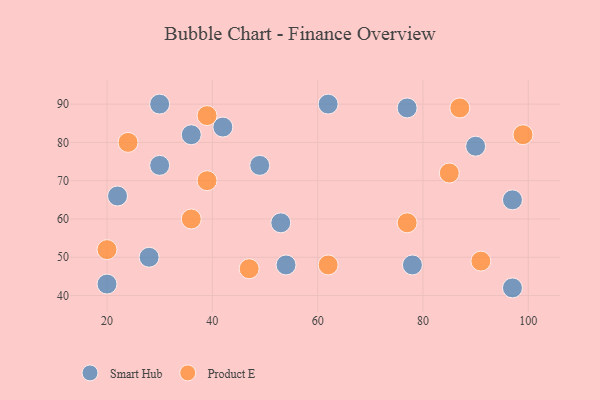
{"axis": {"x": "GDP", "y": "Life Expectancy"}, "legend": ["Product E", "Smart Hub"], "data": [{"x": "54", "y": 48, "type": "Smart Hub"}, {"x": "49", "y": 74, "type": "Smart Hub"}, {"x": "22", "y": 66, "type": "Smart Hub"}, {"x": "42", "y": 84, "type": "Smart Hub"}, {"x": "53", "y": 59, "type": "Smart Hub"}, {"x": "97", "y": 65, "type": "Smart Hub"}, {"x": "20", "y": 43, "type": "Smart Hub"}, {"x": "77", "y": 89, "type": "Smart Hub"}, {"x": "36", "y": 82, "type": "Smart Hub"}, {"x": "62", "y": 90, "type": "Smart Hub"}, {"x": "30", "y": 74, "type": "Smart Hub"}, {"x": "97", "y": 42, "type": "Smart Hub"}, {"x": "30", "y": 90, "type": "Smart Hub"}, {"x": "78", "y": 48, "type": "Smart Hub"}, {"x": "90", "y": 79, "type": "Smart Hub"}, {"x": "28", "y": 50, "type": "Smart Hub"}, {"x": "20", "y": 52, "type": "Product E"}, {"x": "24", "y": 80, "type": "Product E"}, {"x": "99", "y": 82, "type": "Product E"}, {"x": "87", "y": 89, "type": "Product E"}, {"x": "39", "y": 87, "type": "Product E"}, {"x": "91", "y": 49, "type": "Product E"}, {"x": "47", "y": 47, "type": "Product E"}, {"x": "62", "y": 48, "type": "Product E"}, {"x": "85", "y": 72, "type": "Product E"}, {"x": "36", "y": 60, "type": "Product E"}, {"x": "39", "y": 70, "type": "Product E"}, {"x": "77", "y": 59, "type": "Product E"}]}